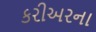
કરીઅરના